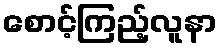
စောင့်ကြည့်လူနာ